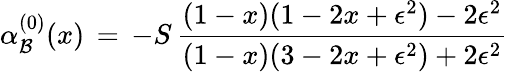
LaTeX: \alpha_{\mathcal{B}}^{(0)}(x)\, =\, -S\, {\frac{{(1-x)(1-2x+\epsilon^{2})-2\epsilon^{2}}}{{(1-x)(3-2x+\epsilon^{2})+2\epsilon^{2}}}}